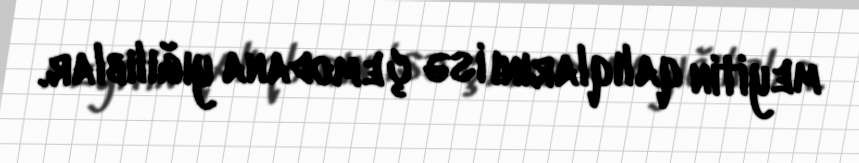
meyitin qalıqlarını isə çemodana yığılıblar.